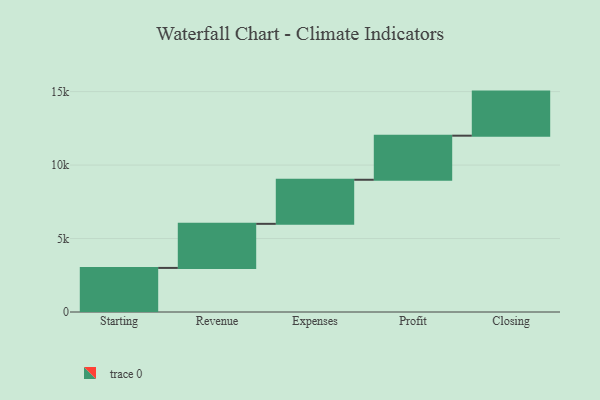
{"axis": {"x": "Step", "y": "Value"}, "legend": [""], "data": [{"x": "Starting", "y": 3000, "type": ""}, {"x": "Revenue", "y": 3000, "type": ""}, {"x": "Expenses", "y": 3000, "type": ""}, {"x": "Profit", "y": 3000, "type": ""}, {"x": "Closing", "y": 3000, "type": ""}]}